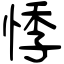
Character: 悸